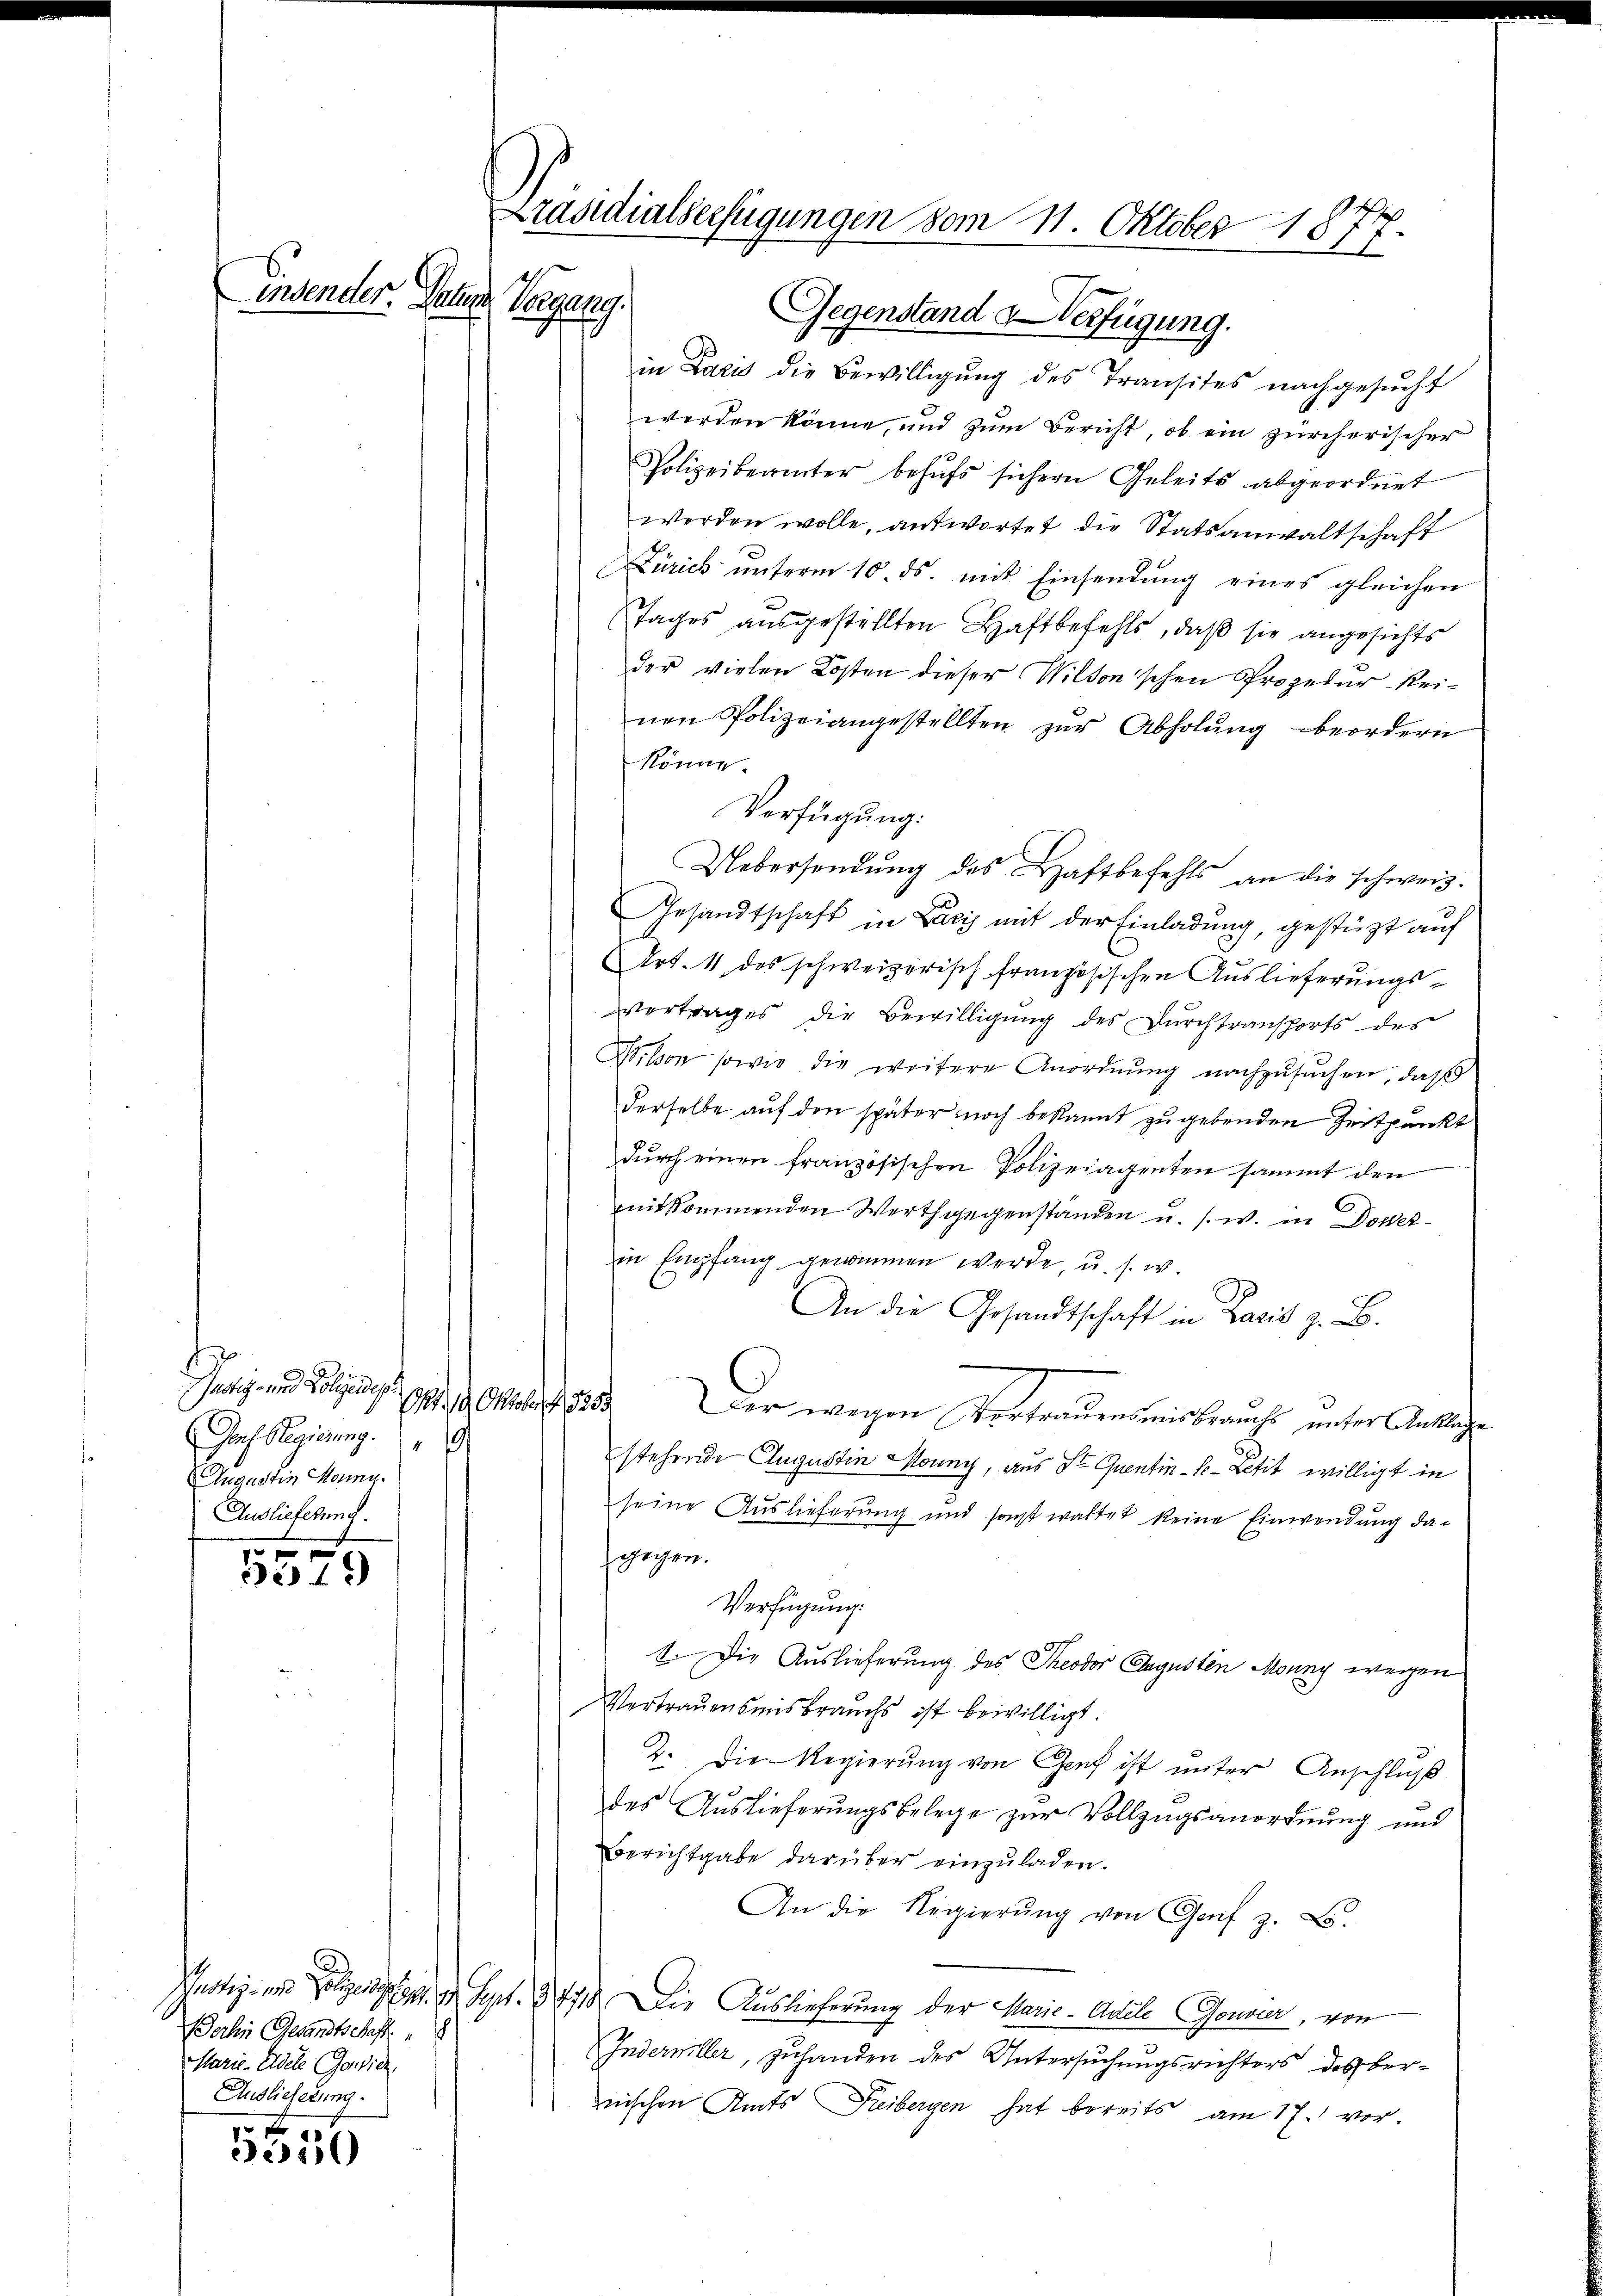
Präsidialverfügungen vom 11. Oktober 1877.
insender. Datum
Papay
Gegenstand Verfügung.

d
Justiz- und Polizeiden
 419. Oktober G. 225.
Gauf Regierung
Quaustin Monny.
Auslieferung.

s
321)

hartig in Folgenden 9. Sep
Derhin Gesandtschaft
Marie-Eidele Gewicz
Auslieferung.

5550

in Dazu die Bewilligung des Transites nachgesucht
werden könne, und zum Bericht, ob ein zürcherischer
Polizeibeamter behŭfs sichern Geleits abgeordnet
werden wolle, antwortet die Statsanwaltschaft
Zürich ŭnterm 10. ds. mit Einsendŭng eines gleichen
Tages ausgestellten Haftbefehls, daß sie angesichts
der vielen Kosten dieser Wilton'schen Prozedur keinen Polizeiangestellten zŭr Abholŭng beordern
könne.
Verfügung:
Gesandtschaft in Lacis mit der Einladung, gestützt auf
Art. 11 des schweizerisch französischen Auslieferungsvertrages der Bewilligung des Durchtransports des
Wilson sowie die weitere Anordnŭng nachzŭsŭchen, daβ
derselbe auf den später noch bekannt zu gebenden Zeitpunkt
durch einen französischen Polizeiagenten sammt den
mitkommenden Werth gegenstanden u. s. w. in Dolet
in Empfang genommen werde u. s. w.
An die Gesandtschaft in Paris z. B.
Der wegen Vortrauenseitsbrauchte unter Antliche
stehende Augustin Mouny, aus St Quentin-le-Letit willigt in
seine Auslieferung und sonst waltet keine Einwendung dagegen.
Verfügung:
1. Die Auslieferung des Theodor Augustin Monny wegen
Vertrauensmisbrauchs ist bewilligt.
2. Die Regierung von Genf ist unter Anschluß.
des Auslieferungsbelege zur Vollzugsanordnung und
Berichtgabe darüber einzuladen.
An die Regierŭng von Genf z. B.
1371. Die Auslieferung der Marie-Anele Gouvier, von
Inderniller, zuhanden des Untersuchungsrichters des Bernischen Amts Freibergen hat bereits am 17. vor-

Uebersendung des Haftbefehls an die schweiz.